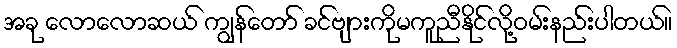
အခု လောလောဆယ် ကျွန်တော် ခင်ဗျားကိုမကူညီနိုင်လို့ဝမ်းနည်းပါတယ်။